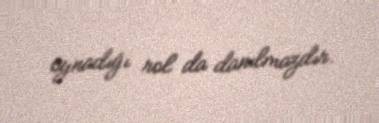
oynadığı rol da danılmazdır.